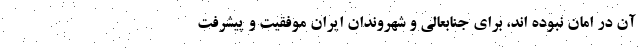
آن در امان نبوده اند، برای جنابعالی و شهروندان ایران موفقیت و پیشرفت